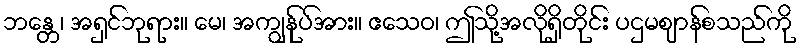
ဘန္တေ၊ အရှင်ဘုရား။ မေ၊ အကျွန်ုပ်အား။ ဧသေဝ၊ ဤသို့အလိုရှိတိုင်း ပဌမဈာန်စသည်ကို